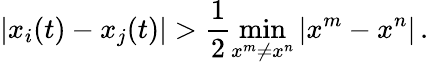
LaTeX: |x_{i}(t)-x_{j}(t)|>\frac{1}{2}\operatorname*{min}_{x^{m}\neq x^{n}}|x^{m}-x^{n}|\, .